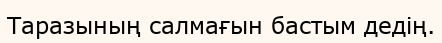
Таразының салмағын бастым дедің.